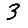
Digit: 3